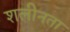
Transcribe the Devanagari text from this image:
शलीनता